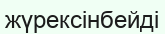
жүрексінбейді